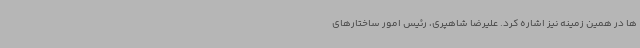
ها در همین زمینه نیز اشاره کرد. علیرضا شاهپری، رئیس امور ساختارهای